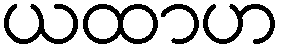
ယထာဟ